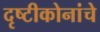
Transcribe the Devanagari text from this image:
दृष्टीकोनांचे